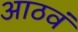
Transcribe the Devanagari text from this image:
आठवं